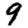
Digit: 9